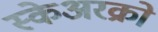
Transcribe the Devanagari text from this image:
स्केअरक्रो